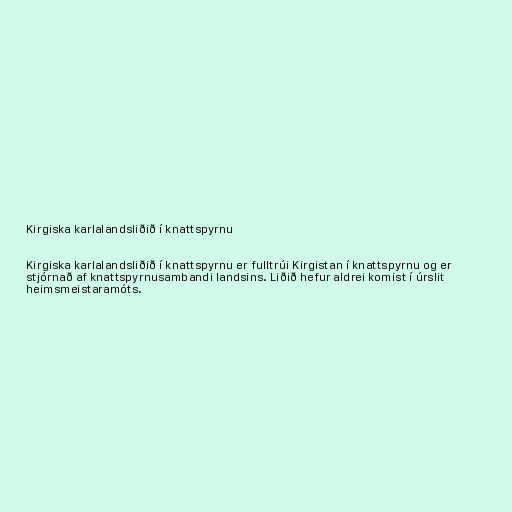
Kirgiska karlalandsliðið í knattspyrnu

Kirgisk­a karlalandsliðið í knattspyrnu er fulltrúi Kirgistan í knattspyrnu og er
stjórnað af knattspyrnusambandi landsins. Liðið hefur aldrei komist í úrslit
heimsmeistaramóts.